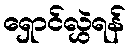
ရှောင်လွှဲရန်